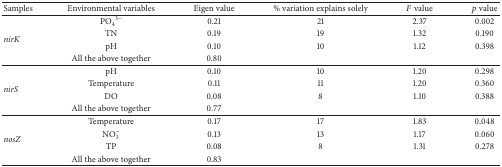
<table><thead><tr><td><b>Samples</b></td><td><b>Environmental variables</b></td><td><b>Eigen value</b></td><td><b>% variation explains solely </b></td><td><b><i>F</i> value</b></td><td><b><i>p</i> value</b></td></tr></thead><tbody><tr><td rowspan="4"><i>nirK</i></td><td>PO<sub>4</sub><sup>3−</sup></td><td>0.21 </td><td>21</td><td>2.37 </td><td>0.002 </td></tr><tr><td>TN</td><td>0.19 </td><td>19</td><td>1.32 </td><td>0.190 </td></tr><tr><td>pH</td><td>0.10 </td><td>10</td><td>1.12 </td><td>0.398 </td></tr><tr><td>All the above together</td><td>0.80 </td><td> </td><td> </td><td> </td></tr><tr><td rowspan="4"><i>nirS</i></td><td>pH</td><td>0.10</td><td>10</td><td>1.20</td><td>0.298 </td></tr><tr><td>Temperature</td><td>0.11</td><td>11</td><td>1.20 </td><td>0.360 </td></tr><tr><td>DO</td><td>0.08 </td><td>8</td><td>1.10</td><td>0.388 </td></tr><tr><td>All the above together</td><td>0.77</td><td> </td><td> </td><td> </td></tr><tr><td rowspan="4"><i>nosZ</i></td><td>Temperature</td><td>0.17 </td><td>17</td><td>1.83</td><td>0.048 </td></tr><tr><td>NO<sub>3</sub><sup>−</sup></td><td>0.13</td><td>13</td><td>1.17</td><td>0.060</td></tr><tr><td>TP</td><td>0.08</td><td>8</td><td>1.31</td><td>0.278 </td></tr><tr><td>All the above together</td><td>0.83</td><td> </td><td> </td><td> </td></tr></tbody></table>